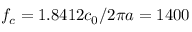
f _ { c } = 1 . 8 4 1 2 c _ { 0 } / 2 \pi a = 1 4 0 0